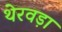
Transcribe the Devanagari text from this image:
थेरवड़ा